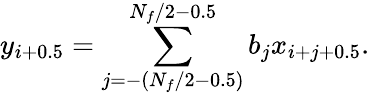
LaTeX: y_{i+0.5}=\sum_{j=-(N_{f}/2-0.5)}^{N_{f}/2-0.5}b_{j}x_{i+j+0.5}.